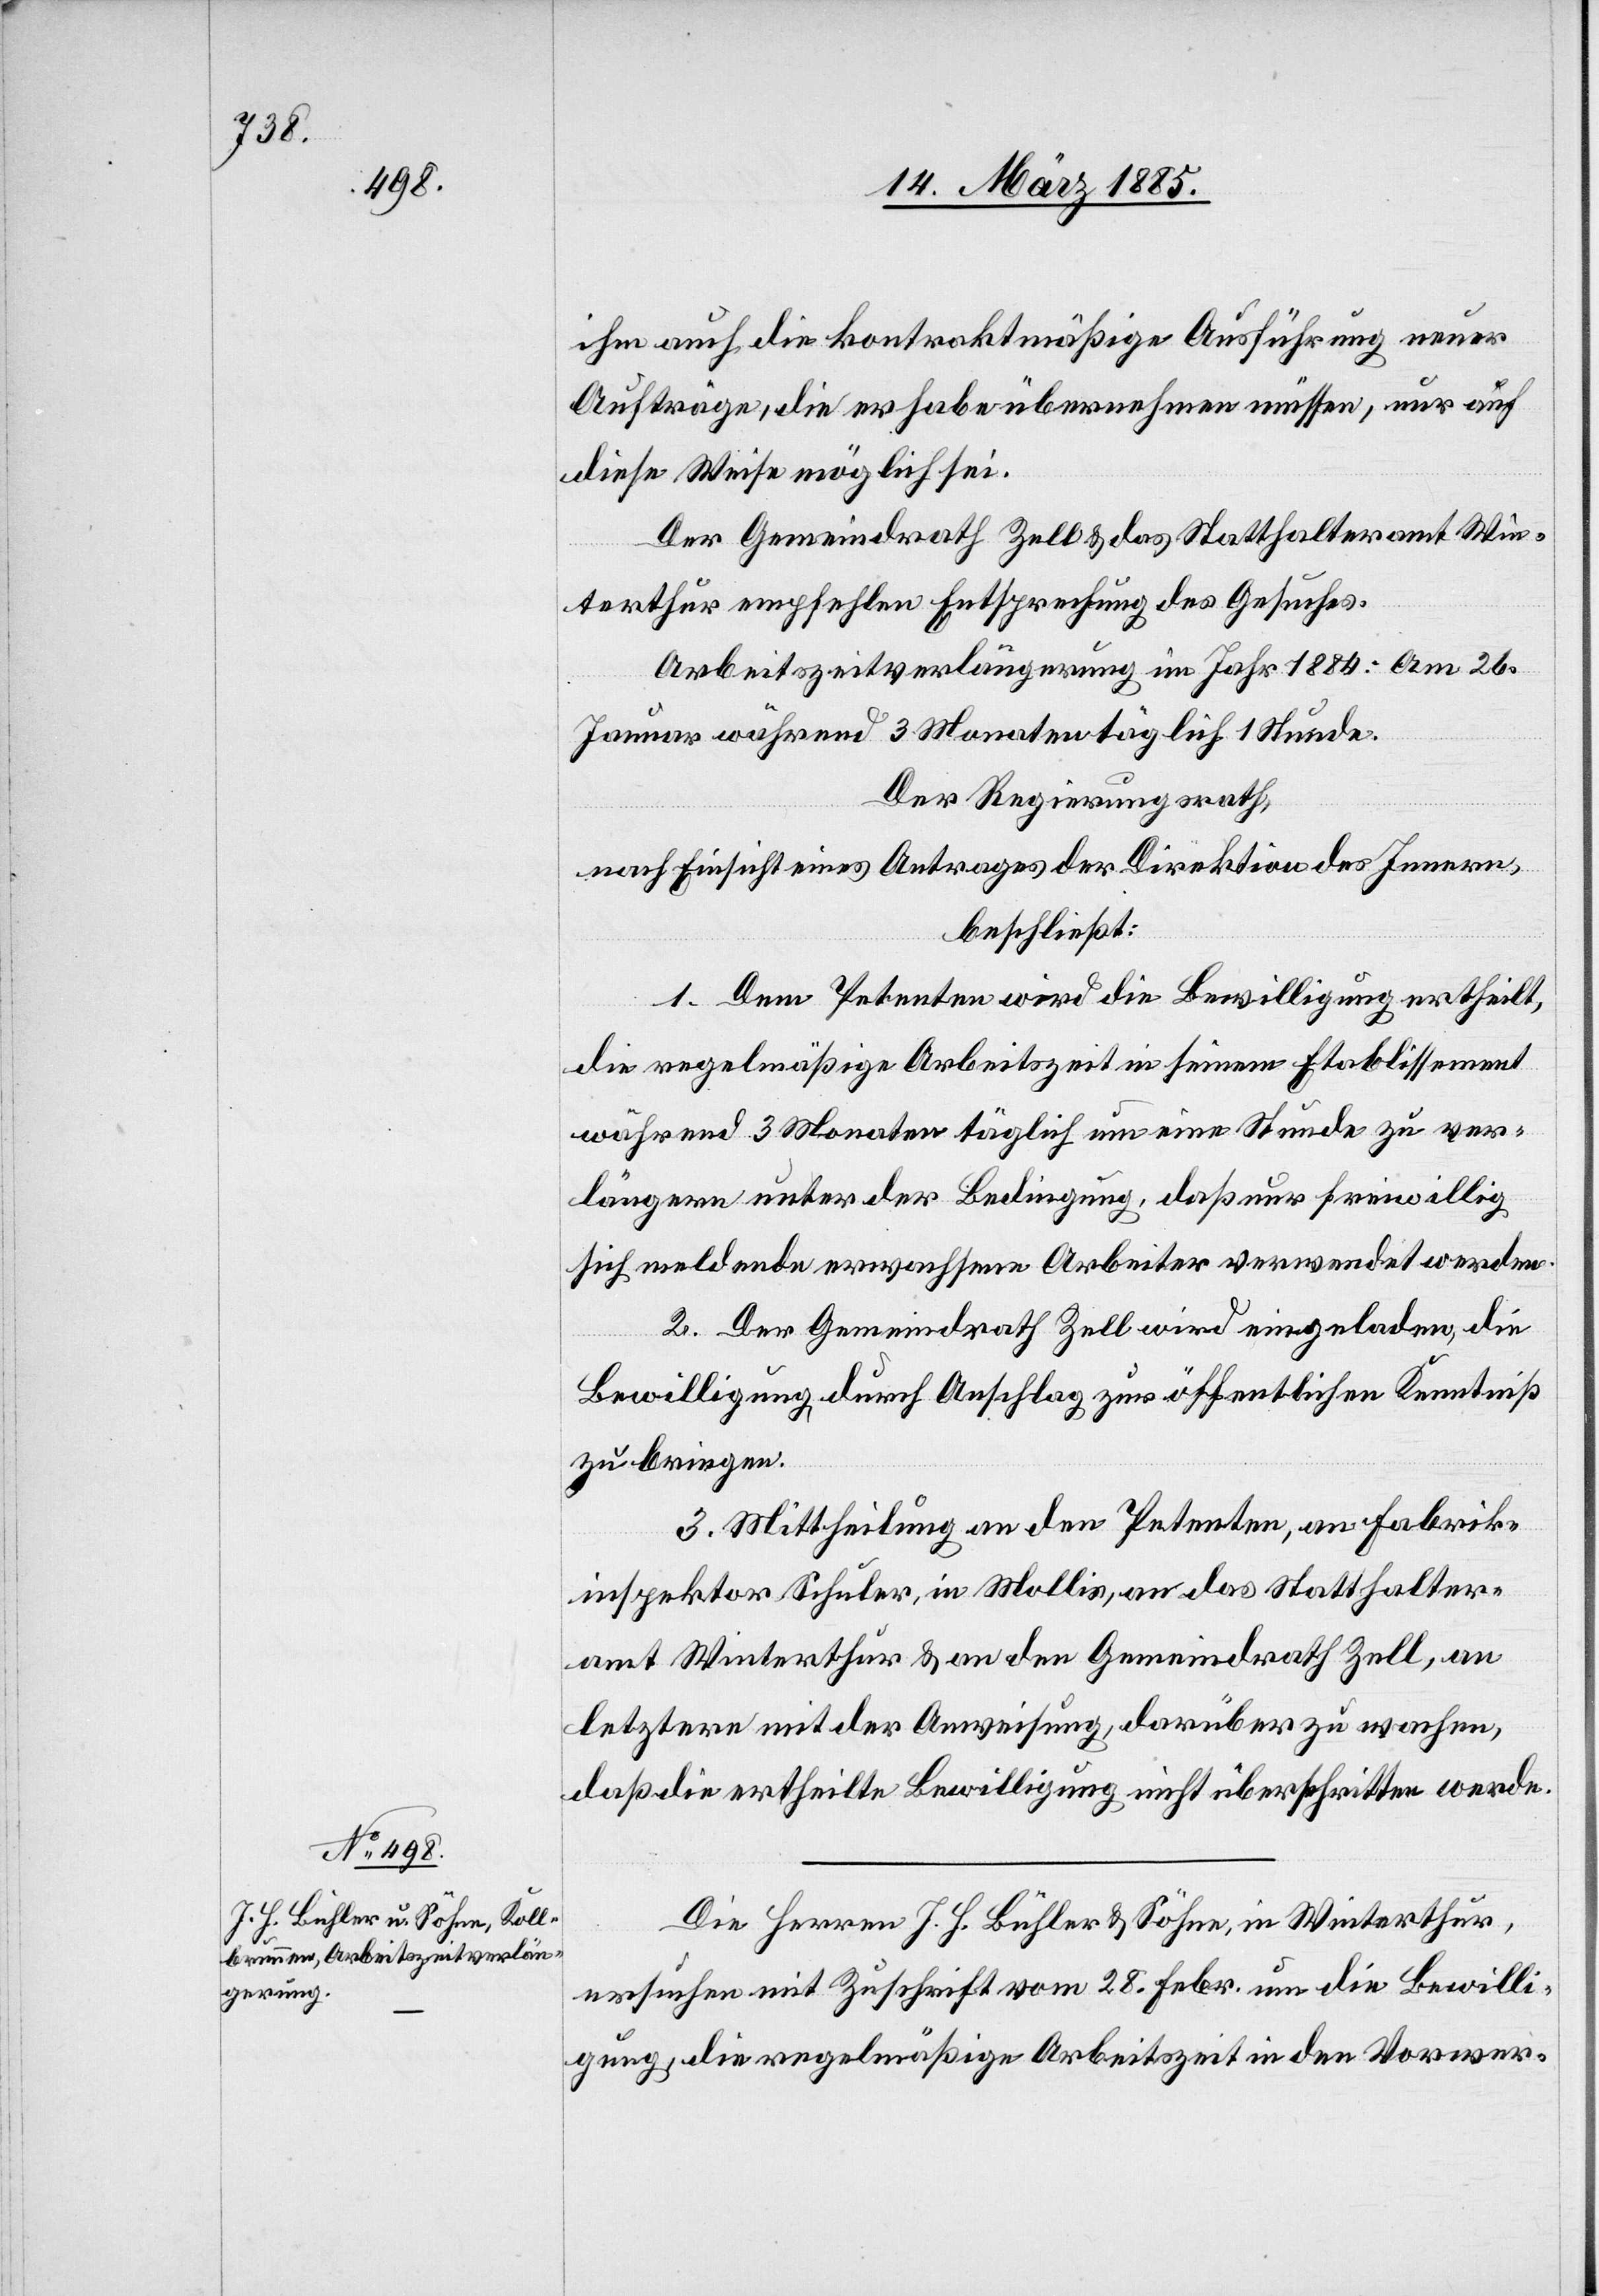
ihm auch die kontraktmäßige Ausführung neuer
Aufträge, die er habe übernehmen müssen, nur auf
diese Weise möglich sei.
Der Gemeindrath Zell & das Statthalteramt Win¬
terthur empfehlen Entsprechung des Gesuches.
Arbeitszeitverlängerung im Jahr 1884: Am 26.
Januar während 3 Monaten täglich 1 Stunde.
Der Regierungsrath,
nach Einsicht eines Antrages der Direktion des Innern,
beschließt:
1. Dem Petenten wird die Bewilligung ertheilt,
die regelmäßige Arbeitszeit in seinem Etablissement
während 3 Monaten täglich um eine Stunde zu ver¬
längern unter der Bedingung, daß nur freiwillig
sich meldende erwachsene Arbeiter verwendet werden.
2. Der Gemeindrath Zell wird eingeladen, die
Bewilligung durch Anschlag zur öffentlichen Kenntniß
zu bringen.
3. Mittheilung an den Petenten, an Fabrik¬
inspektor Schuler, in Mollis, an das Statthalter¬
amt Winterthur & an den Gemeindrath Zell, an
letztern mit der Anweisung, darüber zu wachen,
daß die ertheilte Bewilligung nicht überschritten werde.
Die Herren J. H. Bühler & Söhne, in Winterthur,
ersuchen mit Zuschrift vom 28. Febr. um die Bewilli¬
gung, die regelmäßige Arbeitszeit in den Vorwer-